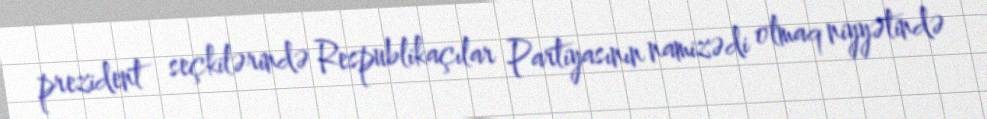
prezident seçkilərində Respublikaçılar Partiyasının namizədi olmaq niyyətində